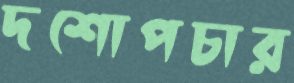
দশোপচার